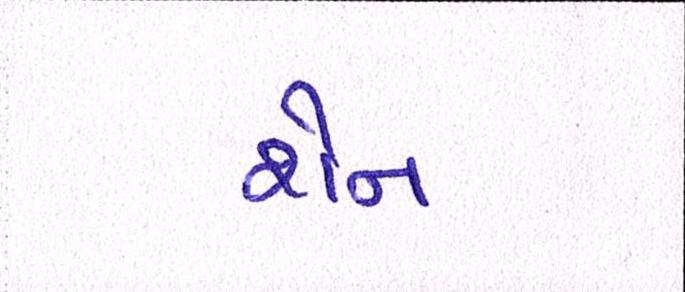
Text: શેન